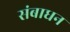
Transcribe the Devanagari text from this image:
संबाधन